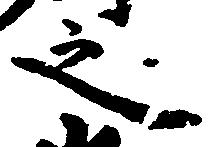
之